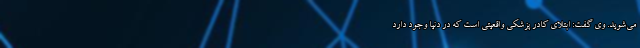
می‌شوید. وی گفت: ابتلای کادر پزشکی واقعیتی است که در دنیا وجود دارد